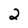
Character: 2